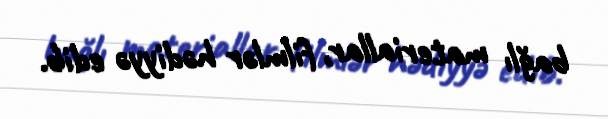
bağlı materiallar, filmlər hədiyyə edib.